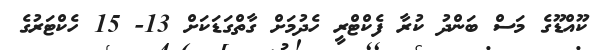
ކޫއްޑޫގެ މަސް ބަންދު ކުރާ ފެކްޓްރީ ހެދުމަށް ގާތްގަޑަކަށް 13- 15 ހެކްޓަރުގެ